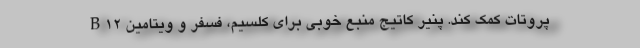
پروتات کمک کند. پنیر کاتیج منبع خوبی برای کلسیم، فسفر و ویتامین B12